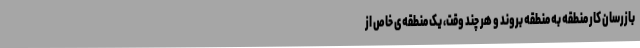
بازرسان کار منطقه به منطقه بروند و هر چند وقت، یک منطقه‌ی خاص از